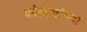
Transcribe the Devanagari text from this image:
कोलामांच्या